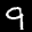
Label: 9